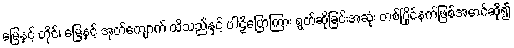
မြေနှင့် တိုင်၊ မြေနှင့် အုတ်ကျောက် ထိသည်နှင့် ပါဠိပြောကြား ရွတ်ဆိုခြင်းအဆုံး တစ်ပြိုင်နက်ဖြစ်အောင်ဆို၍